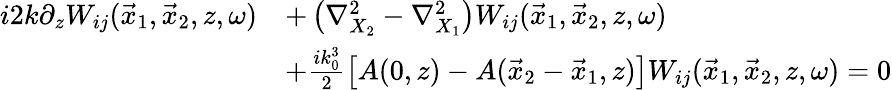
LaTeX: \begin{array}{rl}{i2k\partial_{z}W_{ij}(\vec{x}_{1},\vec{x}_{2},z,\omega)}&{+\left(\nabla_{X_{2}}^{2}-\nabla_{X_{1}}^{2}\right)W_{ij}(\vec{x}_{1},\vec{x}_{2},z,\omega)}\\ &{+\frac{ik_{0}^{3}}{2}\left[A(0,z)-A(\vec{x}_{2}-\vec{x}_{1},z)\right]W_{ij}(\vec{x}_{1},\vec{x}_{2},z,\omega)=0}\end{array}